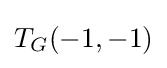
T_{G}(-1,-1)